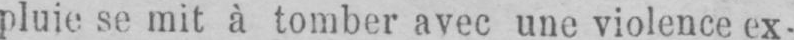
pluie se mit à tomber avec une violence ex-